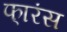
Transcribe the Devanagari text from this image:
फा्रंस